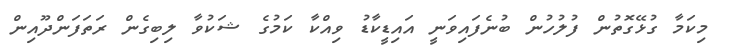
މިކަމާ ގުޅޭގޮތުން ފުލުހުން ބުނެފައިވަނީ އައިޑީކާޑު ވިއްކާ ކަމުގެ ޝަކުވާ ލިބިގެން ރަތަފަންދޫއިން